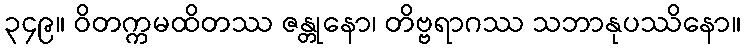
၃၄၉။ ဝိတက္ကမထိတဿ ဇန္တုနော၊ တိဗ္ဗရာဂဿ သဘာနုပဿိနော။